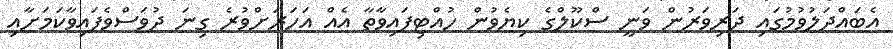
އެބައްދަލުވުމުގައި ދަރިވަރުން ވަނީ ސްކޫލްގެ ކިޔެވުން ހުއްޓިފައިވާތާ އެއް އަހަރަށްވުރެ ގިނަ ދުވަސްވެފައިވާކަމަށާއި